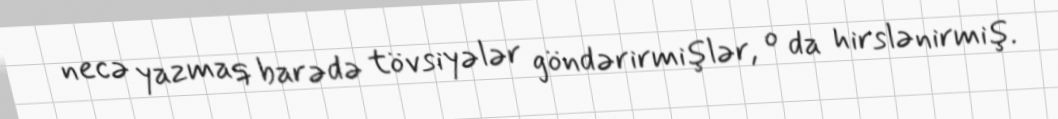
necə yazmaq barədə tövsiyələr göndərirmişlər, o da hirslənirmiş.